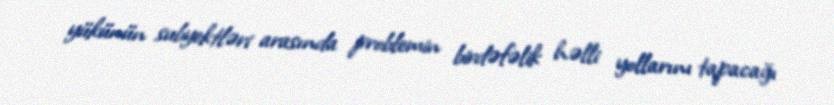
yükünün subyektləri arasında problemin birdəfəlik həlli yollarını tapacağı